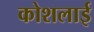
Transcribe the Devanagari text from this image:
कोशलाई